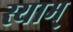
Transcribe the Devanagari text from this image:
स्याम्‌